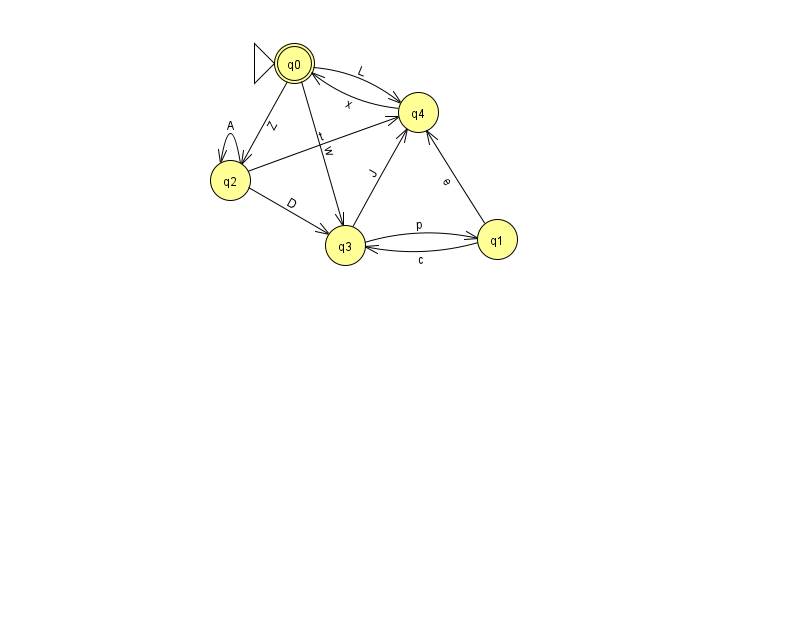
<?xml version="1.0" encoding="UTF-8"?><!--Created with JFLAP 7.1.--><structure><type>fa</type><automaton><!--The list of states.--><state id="0" name="q0"><x>294.0</x><y>50.0</y><initial/><final/></state><state id="1" name="q1"><x>497.0</x><y>226.0</y></state><state id="2" name="q2"><x>230.0</x><y>167.0</y></state><state id="3" name="q3"><x>345.0</x><y>232.0</y></state><state id="4" name="q4"><x>418.0</x><y>99.0</y></state><!--The list of transitions.--><transition><from>2</from><to>2</to><read>A</read></transition><transition><from>0</from><to>3</to><read>w</read></transition><transition><from>0</from><to>2</to><read>Z</read></transition><transition><from>4</from><to>0</to><read>x</read></transition><transition><from>2</from><to>4</to><read>t</read></transition><transition><from>0</from><to>4</to><read>L</read></transition><transition><from>1</from><to>3</to><read>c</read></transition><transition><from>1</from><to>4</to><read>e</read></transition><transition><from>2</from><to>3</to><read>D</read></transition><transition><from>3</from><to>1</to><read>p</read></transition><transition><from>3</from><to>4</to><read>J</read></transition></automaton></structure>